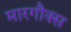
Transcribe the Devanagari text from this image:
मारगौक्स